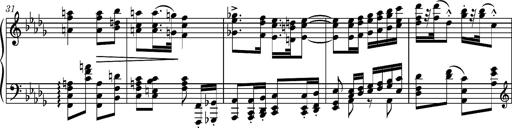
Title: Ungarische Nationalmelodien, S.243
Composer: Franz Liszt